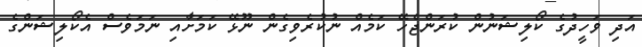
އަދި ވަހީދުގެ ކޯލިޝަނުން ކުރަންޖެހޭ ކަމެއް ނުކުރެވިގެން ނޫޅޭ ކަމަށާއި ނަމަވެސް އެކޯލިޝަންގެ